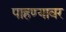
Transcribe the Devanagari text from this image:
पाहण्यावर